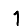
Digit: 1